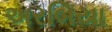
અરબિયા